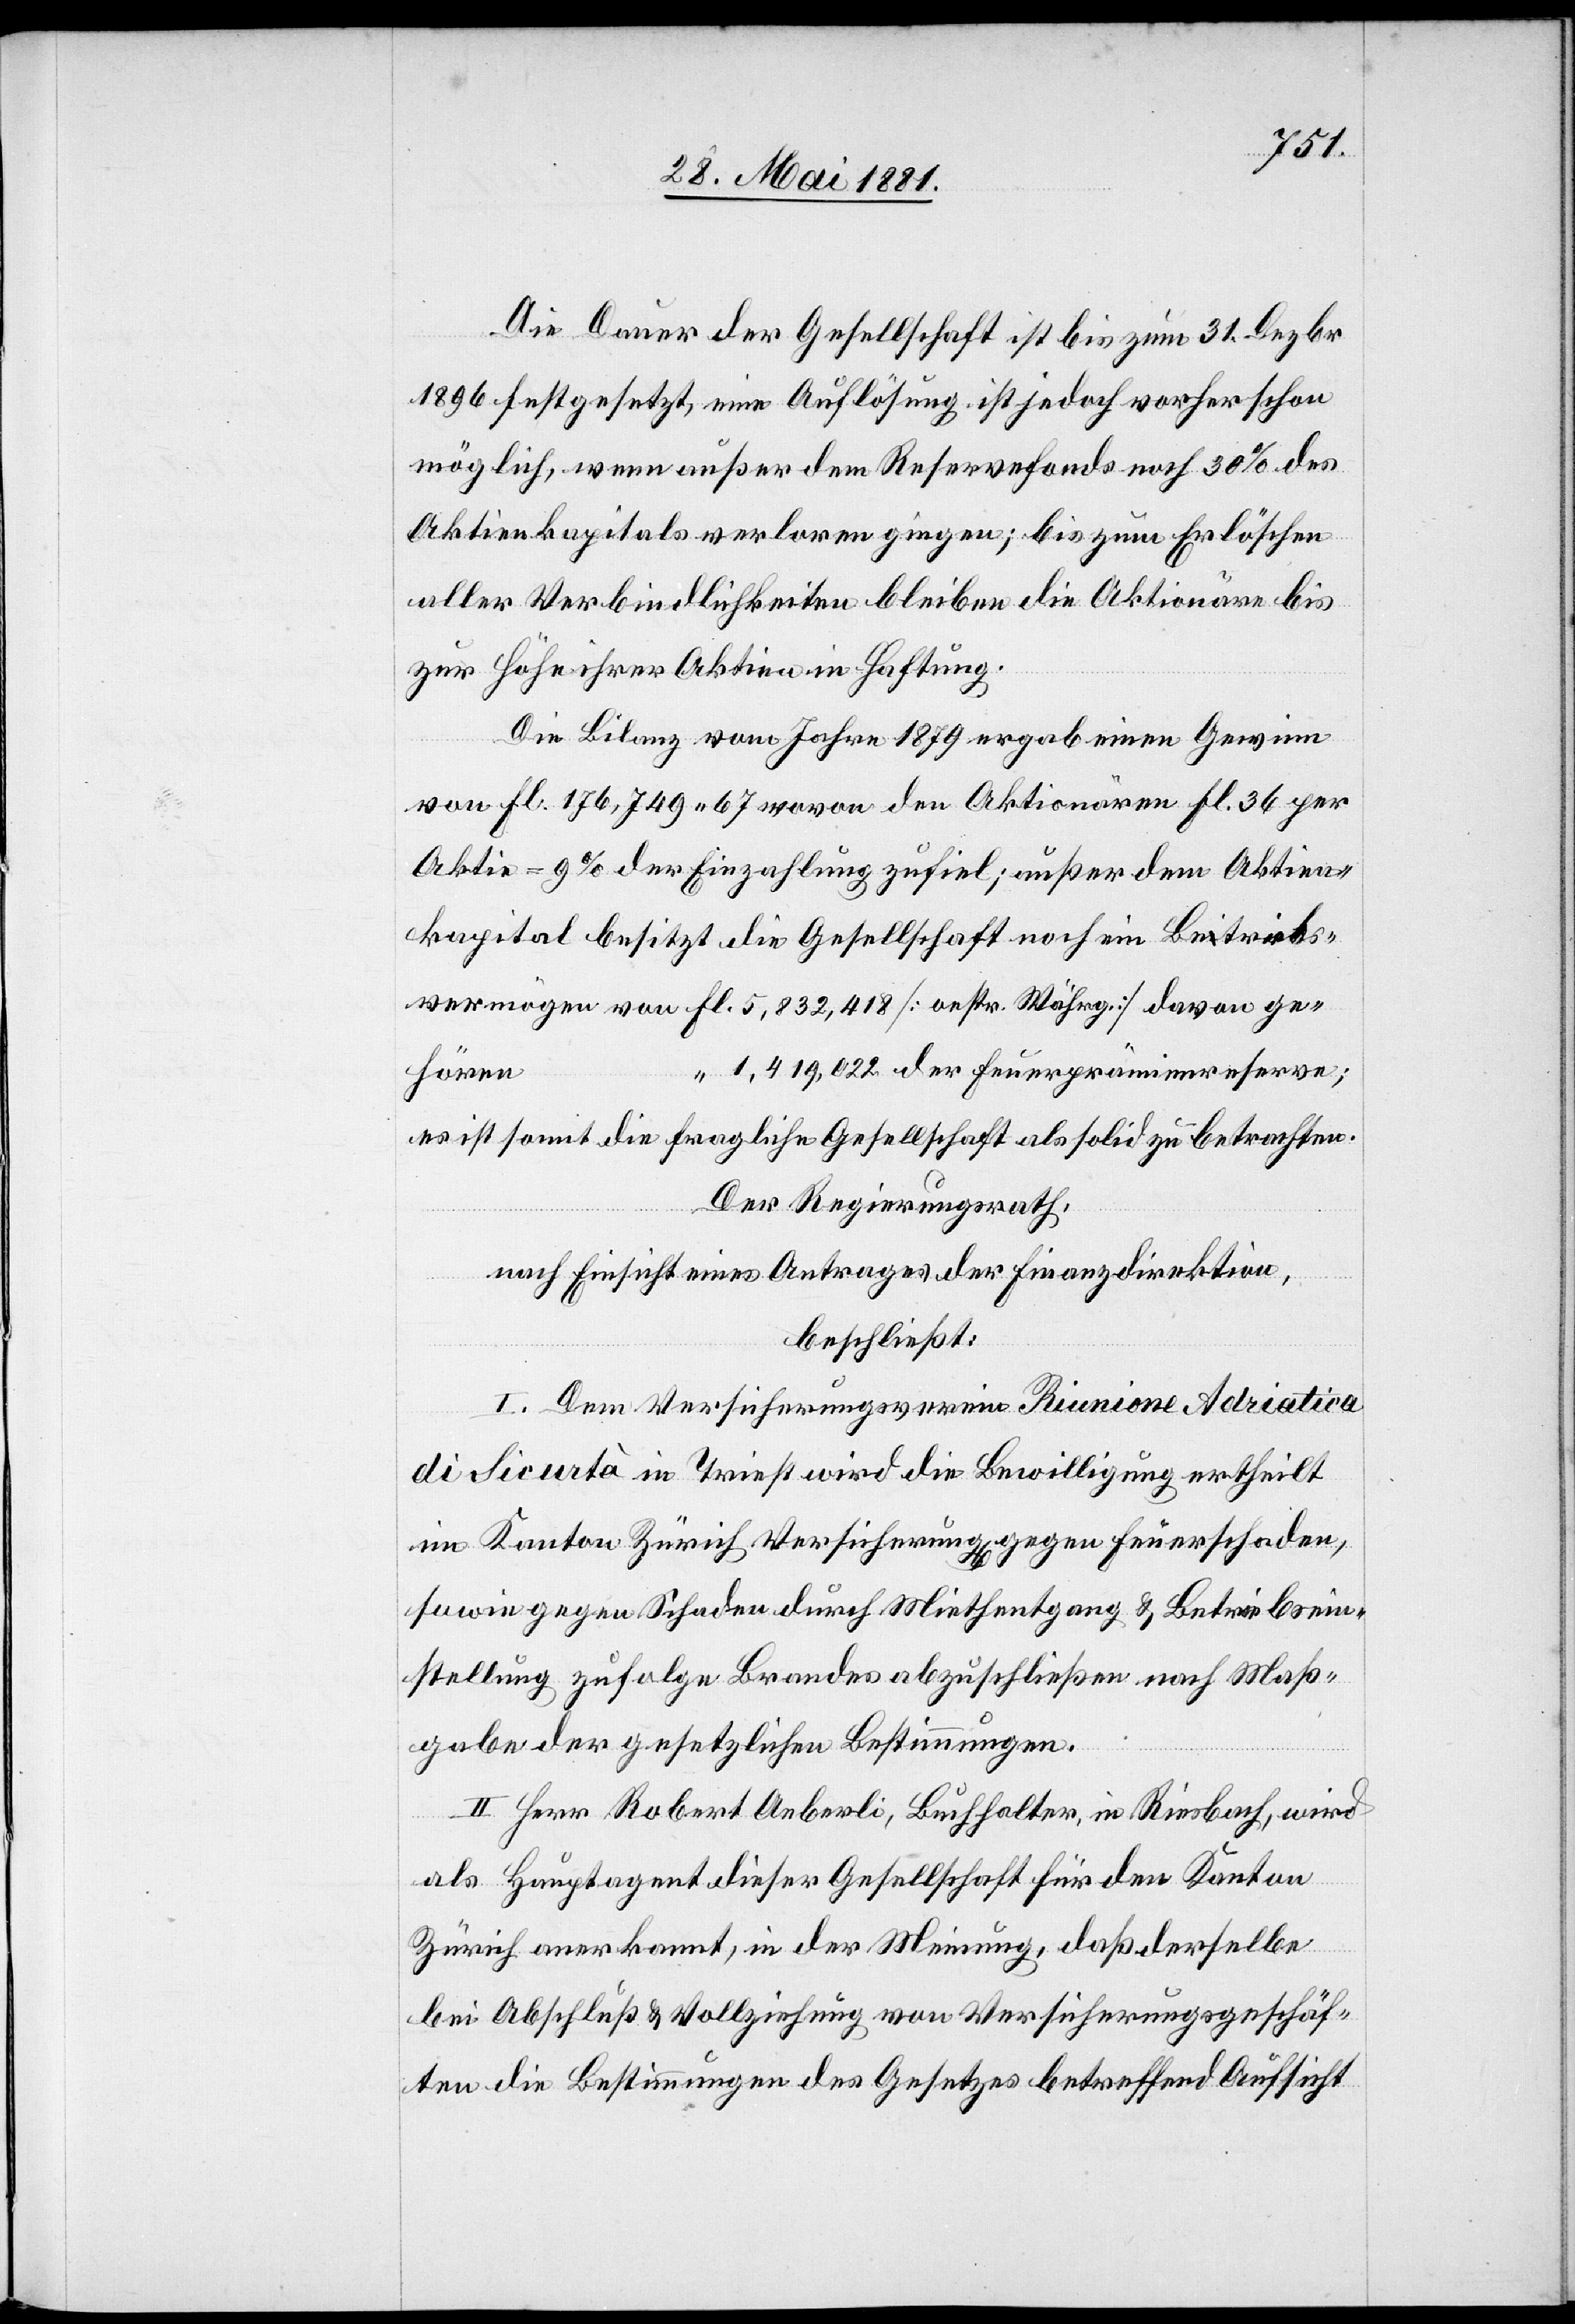
Die Dauer der Gesellschaft ist bis zum 31. Dezbr.
1896 festgesetzt, eine Auflösung ist jedoch vorher schon
möglich, wenn außer dem Reservefonds noch 30% des
Aktienkapitals verloren gingen; bis zum Erlöschen
aller Verbindlichkeiten bleiben die Aktionäre bis
zur Höhe ihrer Aktien in Haftung.
Die Bilanz vom Jahre 1879 ergab einen Gewinn
von fl. 176,749. 67 wovon den Aktionären fl. 36 per
Aktie = 9% der Einzahlung zufiel; außer dem Aktien¬
kapital besitzt die Gesellschaft noch ein Betriebs¬
vermögen von fl. 5,832,418 [oestr. Währg.] davon ge¬
1,419,022 der Feuerprämienreserve;
hören
es ist somit die fragliche Gesellschaft als solid zu betreffen.
Der Regierungsrath,
nach Einsicht eines Antrages der Finanzdirektion,
beschließt:
I. Dem Versicherungsverein Riunione Adriatica
di Sicurtà in Triest wird die Bewilligung ertheilt
im Kanton Zürich Versicherung[en] gegen Feuerschaden,
sowie gegen Schaden durch Miethentgang & Betriebsein¬
stellung zufolge Brandes abzuschließen nach Maß¬
gabe der gesetzlichen Bestimmungen.
II. Herr Robert Aeberli, Buchhalter, in Riesbach, wird
als Hauptagent dieser Gesellschaft für den Kanton
fl.
Zürich anerkannt, in der Meinung, daß derselbe
bei Abschluß & Vollziehung von Versicherungsgeschäf¬
ten die Bestimmungen des Gesetzes betreffend Aufsicht